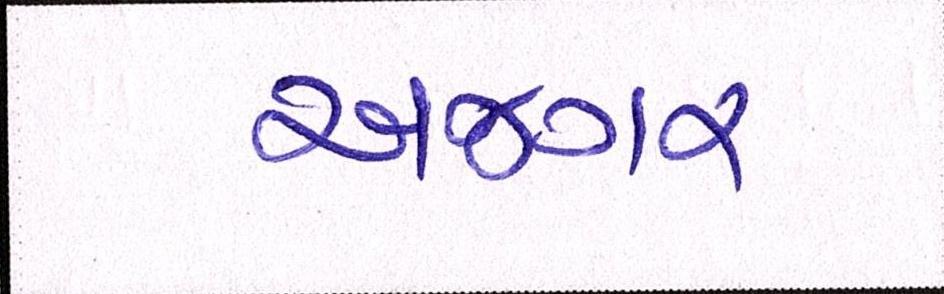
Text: અજગર